Report of the King Institute of Preventive Medicine, Guindy
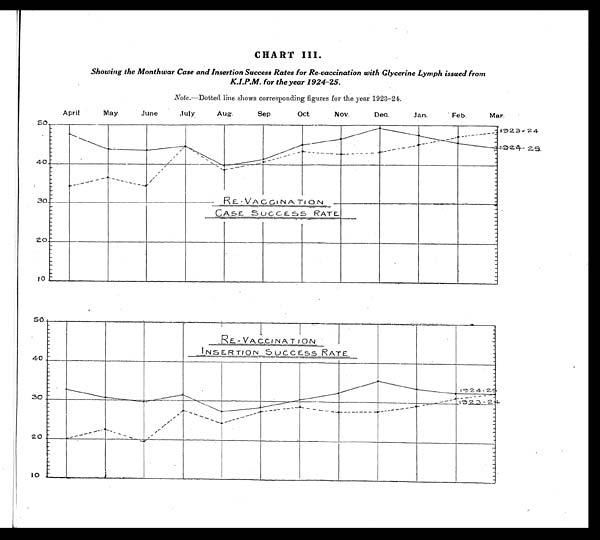
CHART III.
Showing the Monthwar Case and Insertion Success Rates for Re-vaccination with Glycerine Lymph issued from
K.I.P.M. for the year 1924-25.
Note.—Dotted line shows corresponding figures for the year 1923-24.